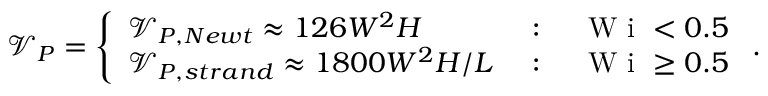
\mathcal { V } _ { P } = \left\{ \begin{array} { l l } { \mathcal { V } _ { P , N e w t } \approx 1 2 6 W ^ { 2 } H } & { \mathrm { ~ : ~ } \quad \mathrm { ~ W ~ i ~ } < 0 . 5 } \\ { \mathcal { V } _ { P , s t r a n d } \approx 1 8 0 0 W ^ { 2 } H / L } & { \mathrm { ~ : ~ } \quad \mathrm { ~ W ~ i ~ } \geq 0 . 5 } \end{array} \right. .